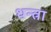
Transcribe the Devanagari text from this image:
थन्त्रा